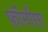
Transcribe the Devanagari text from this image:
फ़ॉर्मोसा